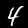
Label: 4